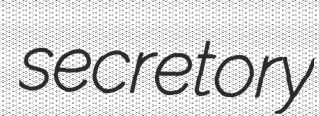
secretory